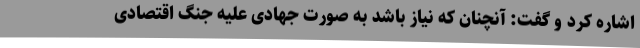
اشاره کرد و گفت: آنچنان که نیاز باشد به صورت جهادی علیه جنگ اقتصادی